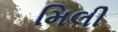
મિલી